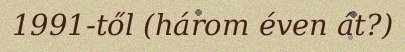
1991-től (három éven át?)